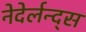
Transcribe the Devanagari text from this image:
नेदेर्लन्द्स